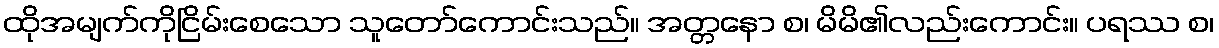
ထိုအမျက်ကိုငြိမ်းစေသော သူတော်ကောင်းသည်။ အတ္တနော စ၊ မိမိ၏လည်းကောင်း။ ပရဿ စ၊